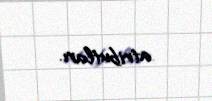
atributları.